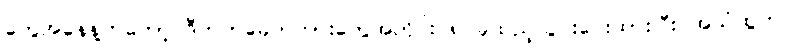
တွေအနေနဲ့ကတော့ ဒီဘတ်ခေတ်ကားတွေအတိုင်း ၈ ခုထည့်သွင်းပေးထားပြီး အသံထွက်